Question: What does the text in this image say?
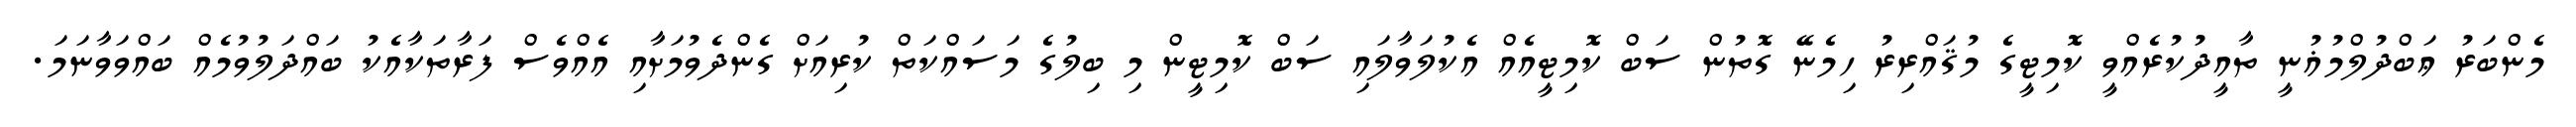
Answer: މެންބަރު ޢަބްދުލްމުޣުނީ ތާއީދުކުރެއްވީ ކޮމިޓީގެ މުޤައްރިރު ހިމެނޭ ގޮތުން ސަބް ކޮމިޓީއެއް އެކުލަވާލައި ސަބް ކޮމިޓީން މި ބިލުގެ މަސައްކަތް ކުރިއަށް ގެންދެވުމަށާއި އެއްވެސް ފަރާތަކާއެކު ބައްދަލުވުމެއް ބައްވަވާނަމަ.